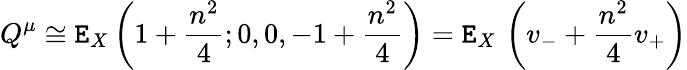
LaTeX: Q^{\mu}\cong\mathtt{E}_{X}\left(1+\frac{{n^{2}}}{{4}};0,0,-1+\frac{{n^{2}}}{{4}}\right)=\mathtt{E}_{X}\, \left(v_{-}+\frac{{n^{2}}}{{4}}v_{+}\right)